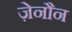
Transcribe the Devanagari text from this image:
ज़ेनौन